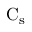
\mathrm { C _ { s } }